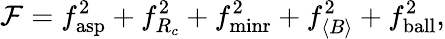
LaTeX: \mathcal{F}=f_{\mathrm{asp}}^{2}+f_{R_{c}}^{2}+f_{\mathrm{minr}}^{2}+f_{\langle B\rangle}^{2}+f_{\mathrm{ball}}^{2},